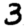
Digit: 3